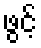
ဖွင့်